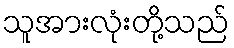
သူအားလုံးတို့သည်